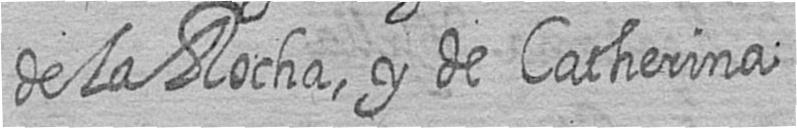
de la Rocha y de Catherina